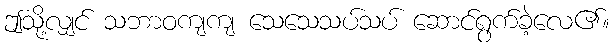
ဤသို့လျှင် သဘာဝကျကျ သေသေသပ်သပ် ဆောင်ရွက်ခဲ့လေ၏။